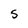
Character: S